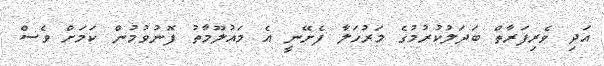
އަދި ވެރިފަރާތް ބަދަލުކުރުމުގެ މަރުހަލާ ފެށޭނީ އެ މައުލޫމާތު ފޮނުވުމުން ކަމަށް ވެސް